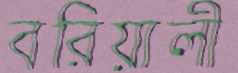
বরিয়ালী